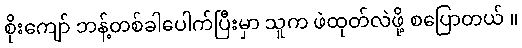
စိုးကျော် ဘန့်တစ်ခါပေါက်ပြီးမှာ သူက ဖဲထုတ်လဲဖို့ စပြောတယ် ။